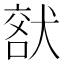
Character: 𤟞